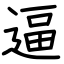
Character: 逼